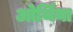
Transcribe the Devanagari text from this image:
ओर्थिया